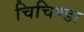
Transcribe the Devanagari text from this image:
चिचिण्डा